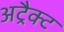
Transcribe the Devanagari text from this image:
अट्रैक्ट